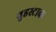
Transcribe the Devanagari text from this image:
वुडस्टाक